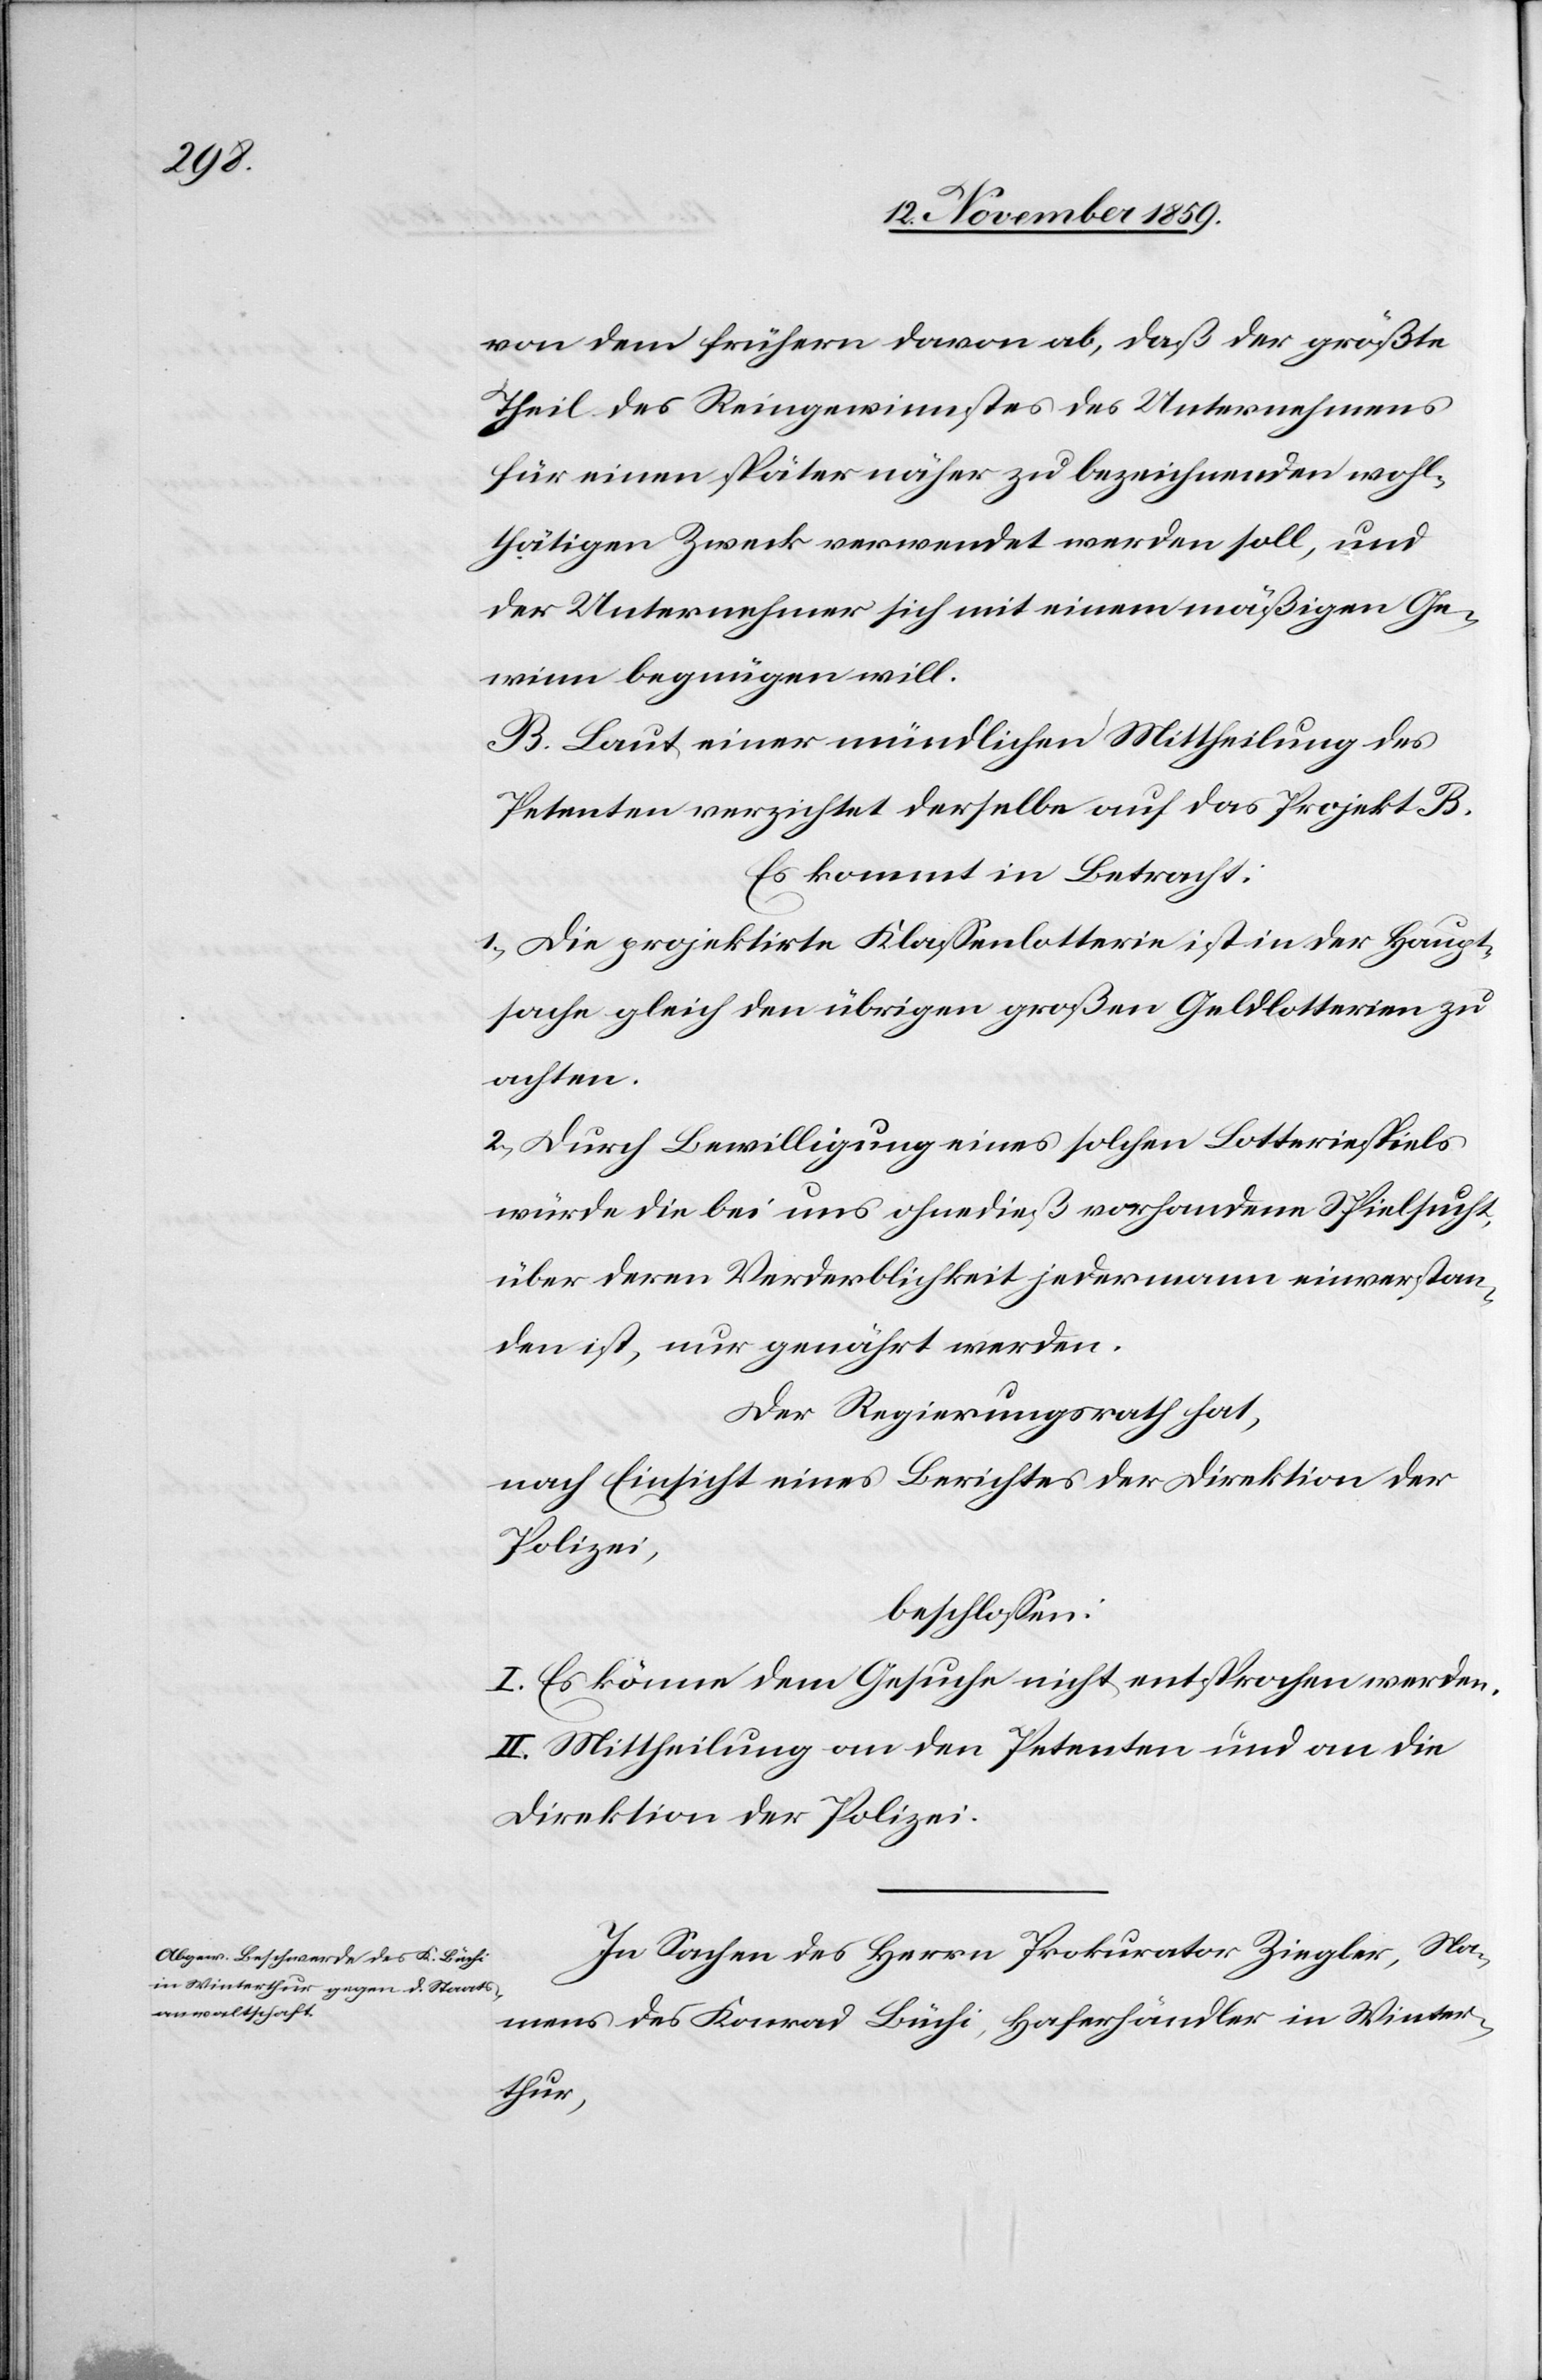
von dem frühern davon ab, daß der größte
Theil des Reingewinnstes [sic!] des Unternehmens
für einen später näher zu bezeichnenden wohl¬
tätigen Zweck verwendet werden soll, und
der Unternehmer sich mit einem mäßigen Ge¬
winn begnügen will.
B. Laut einer mündlichen Mittheilung des
Petenten verzichtet derselbe auf das Projekt B.
Es kommt in Betracht:
1) Die projektirte Klassenlotterie ist in der Haupt¬
sache gleich den übrigen großen Geldlotterien zu
achten.
2) Durch Bewilligung eines solchen Lotteriespiels
würde die bei uns ohnedieß vorhandene Spielsucht,
über deren Verderblichkeit jedermann einverstan¬
den ist, nur genährt werden.
Der Regierungsrath hat.
nach Einsicht eines Antrages der Direktion der
Polizei,
beschlossen:
I. Es könne dem Gesuche nicht entsprochen werden.
II. Mittheilung an den Petenten und an die
Direktion der Polizei.
In Sachen des Herrn Prokurator Ziegler, Na¬
mens des Konrad Büchi, Haferhändler in Winter¬
thur,